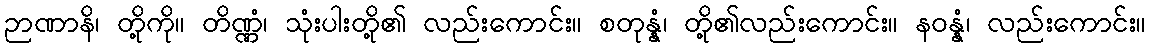
ဉာဏာနိ၊ တို့ကို။ တိဏ္ဏံ၊ သုံးပါးတို့၏ လည်းကောင်း။ စတုန္နံ၊ တို့၏လည်းကောင်း။ နဝန္နံ၊ လည်းကောင်း။